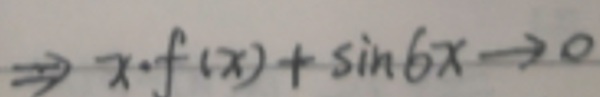
\(\Rightarrow x \cdot f ( x ) + \sin 6 x \to 0\)